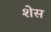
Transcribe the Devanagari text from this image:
शेस